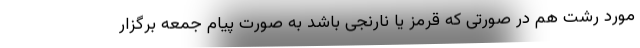
مورد رشت هم در صورتی که قرمز یا نارنجی باشد به صورت پیام جمعه برگزار